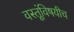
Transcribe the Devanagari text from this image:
वस्तूंविषयीच